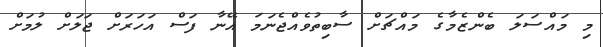
މި މައްސަލަ ބެންޒެމާގެ މައްޗަށް ސާބިތުވެއްޖެނަމަ އޭނާ ފަސް އަހަރަށް ޖަލަށް ލުމަށް